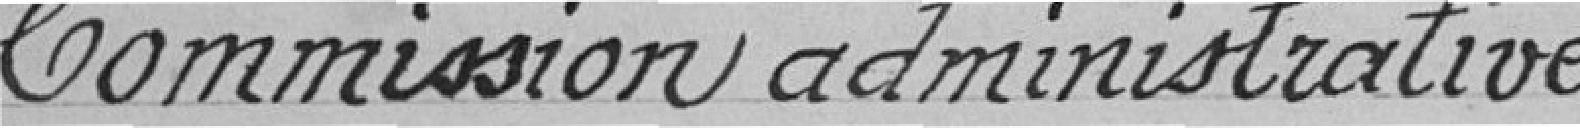
Commission administrative